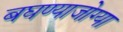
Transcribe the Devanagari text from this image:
बघण्याजोग्या